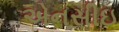
એનસીઇ